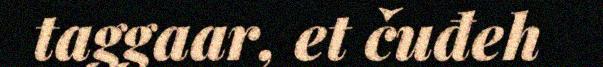
taggaar, et čuđeh